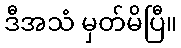
ဒီအသံ မှတ်မိပြီ။